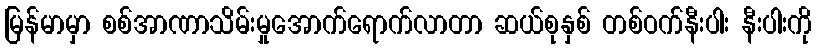
မြန်မာမှာ စစ်အာဏာသိမ်းမှုအောက်ရောက်လာတာ ဆယ်စုနှစ် တစ်ဝက်နီးပါး နီးပါးကို